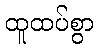
ထူထပ်စွာ